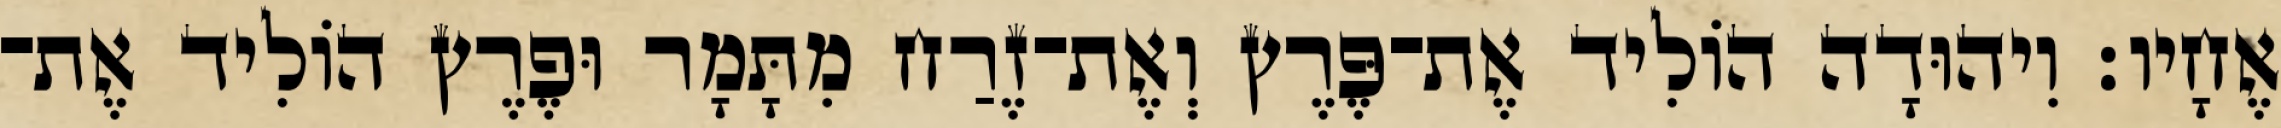
אֶחָיו׃ וִיהוּדָה הוֹלִיד אֶת־פֶּרֶץ וְאֶת־זֶרַח מִתָּמָר וּפֶרֶץ הוֹלִיד אֶת־